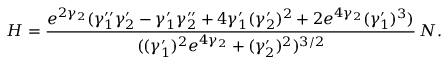
H = \frac { e ^ { 2 \gamma _ { 2 } } ( \gamma _ { 1 } ^ { \prime \prime } \gamma _ { 2 } ^ { \prime } - \gamma _ { 1 } ^ { \prime } \gamma _ { 2 } ^ { \prime \prime } + 4 \gamma _ { 1 } ^ { \prime } ( \gamma _ { 2 } ^ { \prime } ) ^ { 2 } + 2 e ^ { 4 \gamma _ { 2 } } ( \gamma _ { 1 } ^ { \prime } ) ^ { 3 } ) } { ( ( \gamma _ { 1 } ^ { \prime } ) ^ { 2 } e ^ { 4 \gamma _ { 2 } } + ( \gamma _ { 2 } ^ { \prime } ) ^ { 2 } ) ^ { 3 / 2 } } \, N .